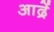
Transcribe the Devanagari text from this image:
आद्रें